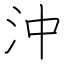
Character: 沖